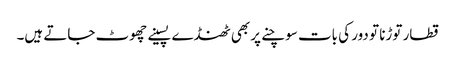
قطار توڑنا تو دور کی بات سوچنے پر بھی ٹھنڈے پسینے چھوٹ جاتے ہیں۔